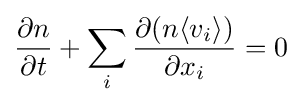
{\frac {\partial n}{\partial t}}+\sum _{i}{\frac {\partial (n\langle {v_{i}}\rangle )}{\partial x_{i}}}=0